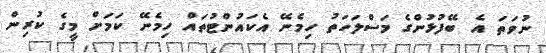
ނުވަތަ އެ ބޭފުޅުންގެ މަސްލަހަތު ހިމެނޭ އެކައުންޓުތައް ހިމެނޭ ކަމަށް މީގެ ކުރިން